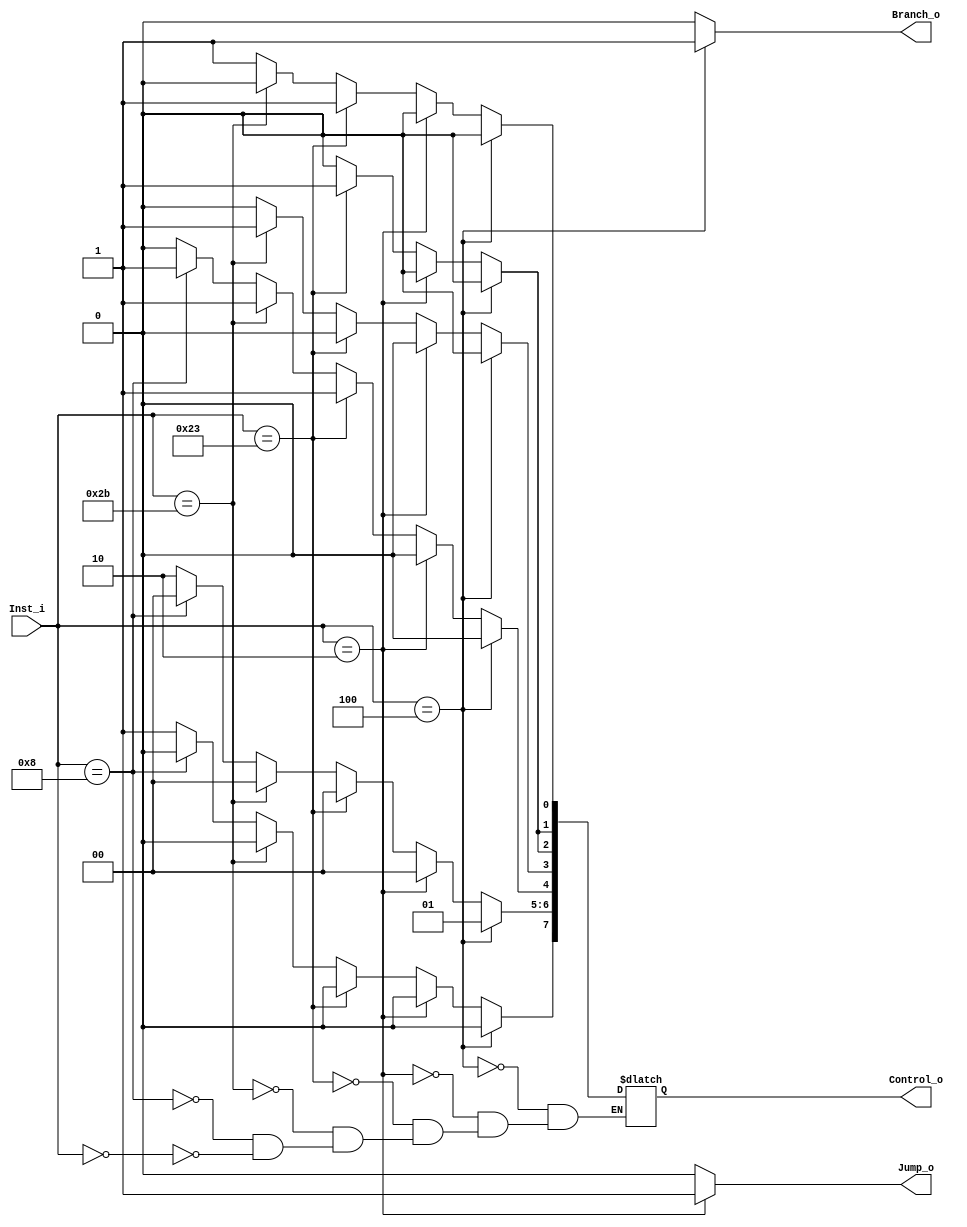
module Control(
	Inst_i,
	Branch_o,
	Jump_o,
	Control_o
);
input		     [5:0]   Inst_i;
output reg	         Branch_o,Jump_o;
output reg 	[7:0]   Control_o;

//WB
// Control_o[0] is RegWrite
// Control_o[1] is MemtoReg
//M
// Control_o[2] is MemRead
// Control_o[3] is MemWrite
//EX
// Control_o[4] is ALUSrc
// Control_o[5][6] is ALUOp 2 bit
// Control_o[7] is RegDst

always@(*) begin // R-type
	Branch_o = 0;
	Jump_o = 0;
	if(Inst_i == 6'b000000)begin
		Control_o[0] = 1;
		Control_o[1] = 0;
		Control_o[2] = 0;
		Control_o[3] = 0;
		Control_o[4] = 0;
		Control_o[6:5] = 2'b10;
		Control_o[7] = 1;
	end
	
	if(Inst_i == 6'b001000)begin // addi
		Control_o[0] = 1;
		Control_o[1] = 0;
		Control_o[2] = 0;
		Control_o[3] = 0;
		Control_o[4] = 1;
		Control_o[6:5] = 2'b00;
		Control_o[7] = 0;
	end
	
	if(Inst_i == 6'b101011)begin // sw
		Control_o[0] = 0;
		Control_o[1] = 0;// don't care
		Control_o[2] = 0;
		Control_o[3] = 1;
		Control_o[4] = 1;
		Control_o[6:5] = 2'b00;
		Control_o[7] = 0; // don't care
	end
	
	if(Inst_i == 6'b100011)begin // lw
		Control_o[0] = 1;
		Control_o[1] = 1;
		Control_o[2] = 1;
		Control_o[3] = 0;
		Control_o[4] = 1;
		Control_o[6:5] = 2'b00;
		Control_o[7] = 0;
	end
	
	if(Inst_i == 6'b000010)begin // j
		Jump_o = 1;
		Control_o[0] = 0;
		Control_o[1] = 0; // don't care
		Control_o[2] = 0; 
		Control_o[3] = 0;
		Control_o[4] = 0;
		Control_o[6:5] = 2'b00;
		Control_o[7] = 0; // don't care
	end
	
	if(Inst_i == 6'b000100)begin // beq
		Branch_o = 1;
		Control_o[0] = 0;
		Control_o[1] = 0; // don't care
		Control_o[2] = 0; 
		Control_o[3] = 0;
		Control_o[4] = 0;
		Control_o[6:5] = 2'b01;
		Control_o[7] = 0; // don't care
	end
end


endmodule